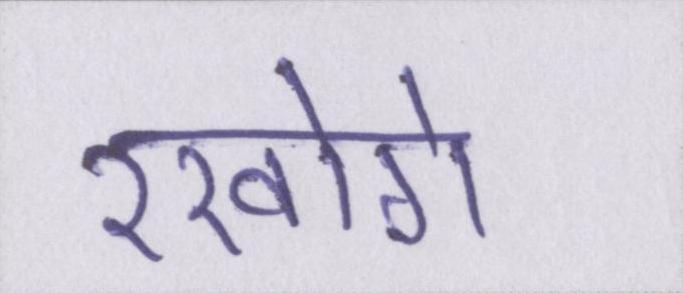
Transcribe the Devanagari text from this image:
रखोगे